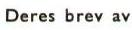
Deres brev av